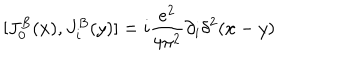
LaTeX: [ J _ { 0 } ^ { B } ( x ) , J _ { i } ^ { B } ( y ) ] = i { \frac { e ^ { 2 } } { 4 \pi ^ { 2 } } } \partial _ { i } \delta ^ { 2 } ( x - y )